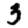
Digit: 3